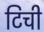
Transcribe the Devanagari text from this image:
टिची